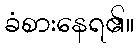
ခံစားနေရ၏။